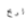
لربح